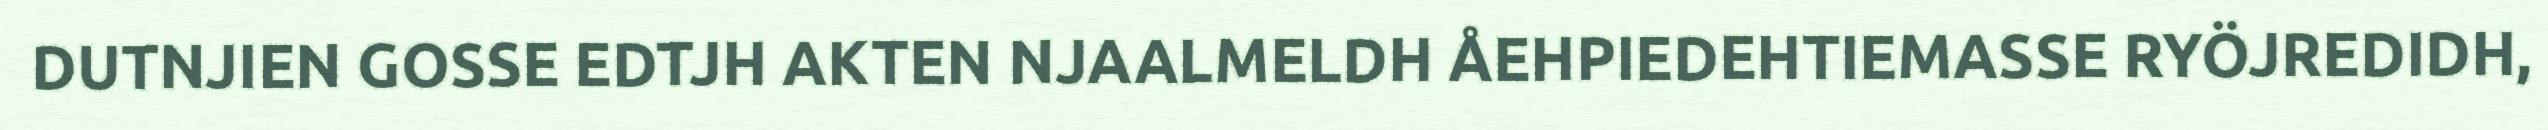
DUTNJIEN GOSSE EDTJH AKTEN NJAALMELDH ÅEHPIEDEHTIEMASSE RYÖJREDIDH,